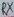
Text: RX